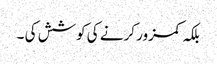
بلکہ کمزور کرنے کی کوشش کی ۔